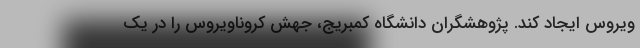
ویروس ایجاد کند. پژوهشگران دانشگاه کمبریج، جهش کروناویروس را در یک